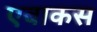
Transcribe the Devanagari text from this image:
एबाकस